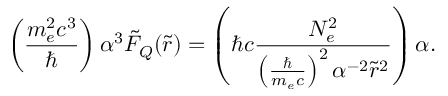
\left( \frac { m _ { e } ^ { 2 } c ^ { 3 } } { \hbar } \right) \alpha ^ { 3 } \tilde { F } _ { Q } ( \tilde { r } ) = \left( \hbar c \frac { N _ { e } ^ { 2 } } { \left( \frac { \hbar } { m _ { e } c } \right) ^ { 2 } \alpha ^ { - 2 } \tilde { r } ^ { 2 } } \right) \alpha .